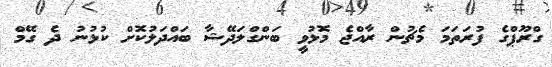
ގްރޫޕްގެ ފުރަތަމަ މެޗުން ރާއްޖެ މޮޅުވީ ބަންގްލަދޭޝާ ބައްދަލުކޮށް ކުޅުނު ދެ ގޭމް